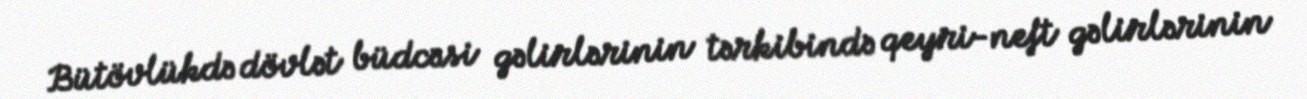
Bütövlükdə dövlət büdcəsi gəlirlərinin tərkibində qeyri-neft gəlirlərinin